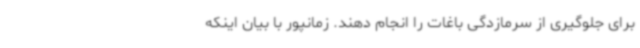
برای جلوگیری از سرمازدگی باغات را انجام دهند. زمانپور با بیان اینکه